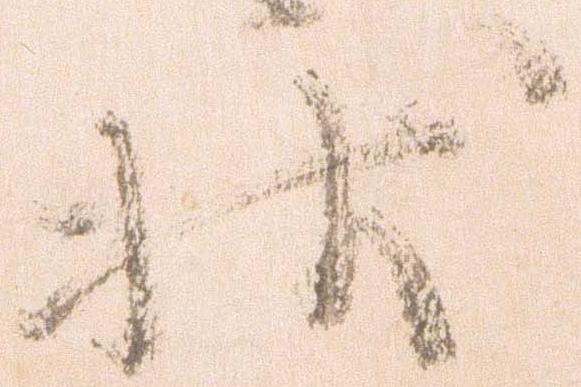
状